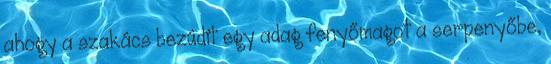
ahogy a szakács bezúdít egy adag fenyőmagot a serpenyőbe,